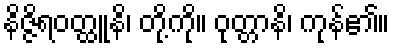
နိဇ္ဇိရဝတ္ထူနိ၊ တို့ကို။ ဝုတ္တာနိ၊ ကုန်၏။